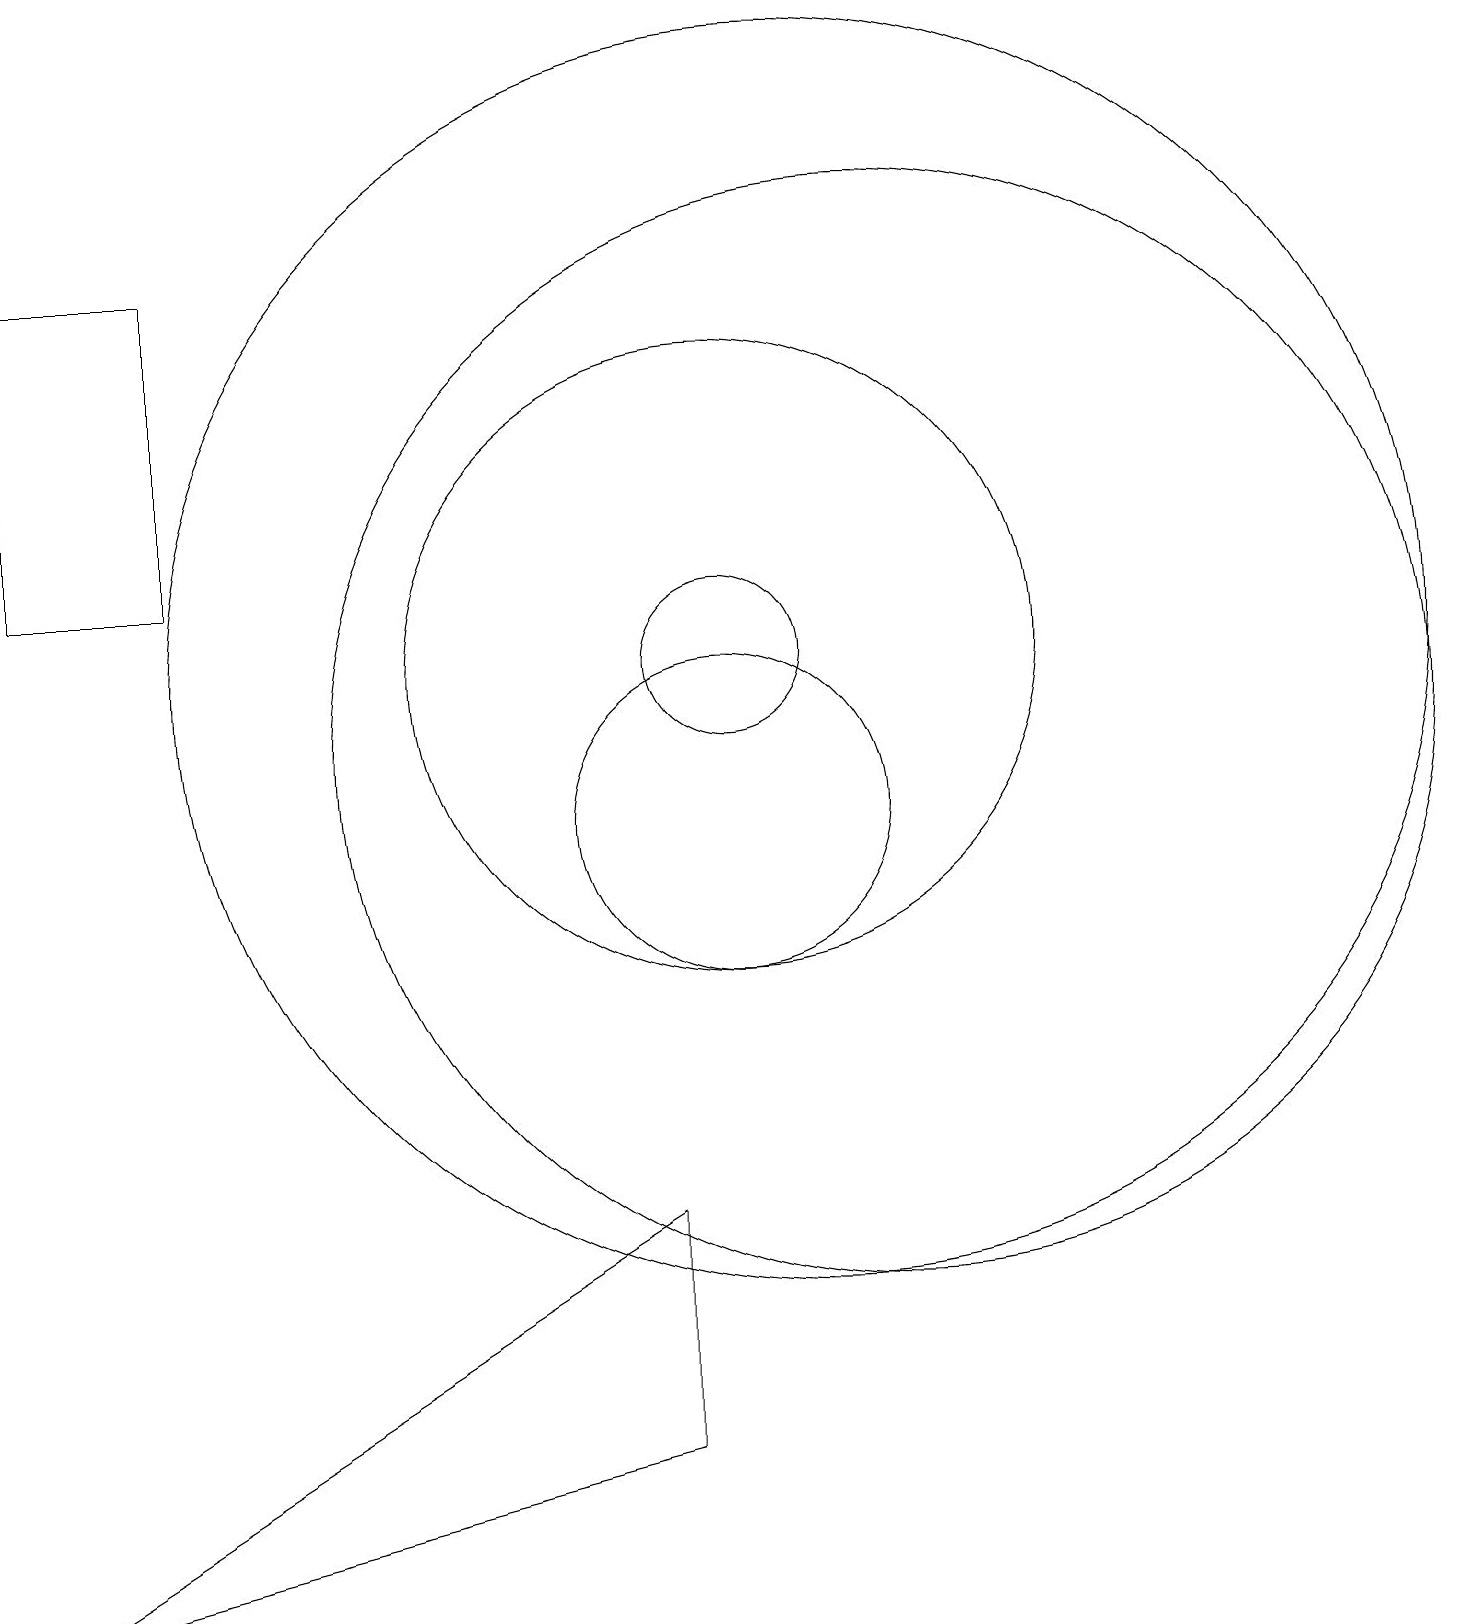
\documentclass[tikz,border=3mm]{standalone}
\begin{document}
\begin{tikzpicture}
\draw (1,0) -- (9,5) -- (9,2) -- cycle;
\draw (12,11) circle (7);
\draw (10,12) circle (4);
\draw (10,10) circle (2);
\draw (3,13) rectangle (1,17);
\draw (11,12) circle (8);
\draw (10,12) circle (1);
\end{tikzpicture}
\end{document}